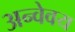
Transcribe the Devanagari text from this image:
अन्वेवय